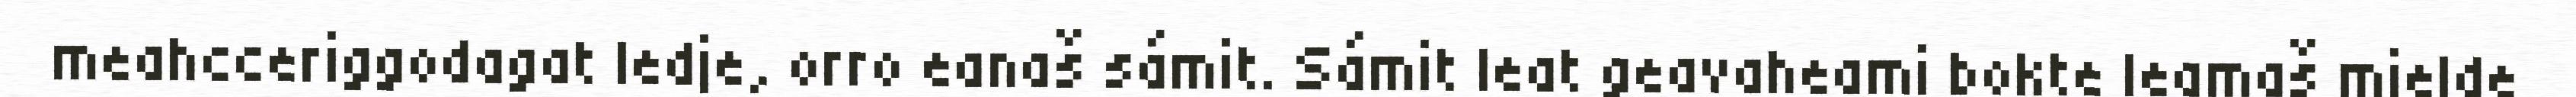
meahcceriggodagat ledje, orro eanaš sámit. Sámit leat geavaheami bokte leamaš mielde